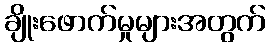
ချိုးဖောက်မှုများအတွက်